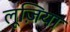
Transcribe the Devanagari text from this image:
लूज़िया